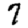
Digit: 7